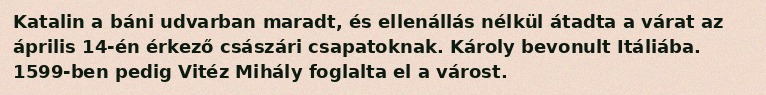
Katalin a báni udvarban maradt, és ellenállás nélkül átadta a várat az április 14-én érkező császári csapatoknak. Károly bevonult Itáliába. 1599-ben pedig Vitéz Mihály foglalta el a várost.